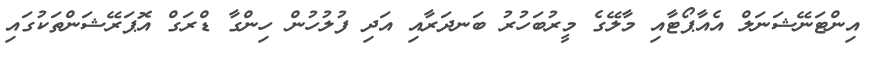
އިންޓަނޭޝަނަލް އެއާޕޯޓާއި މާލޭގެ މީރުބަހުރު ބަނދަރާއި އަދި ފުލުހުން ހިންގާ ޑްރަގް އޮޕަރޭޝަންތަކުގައި